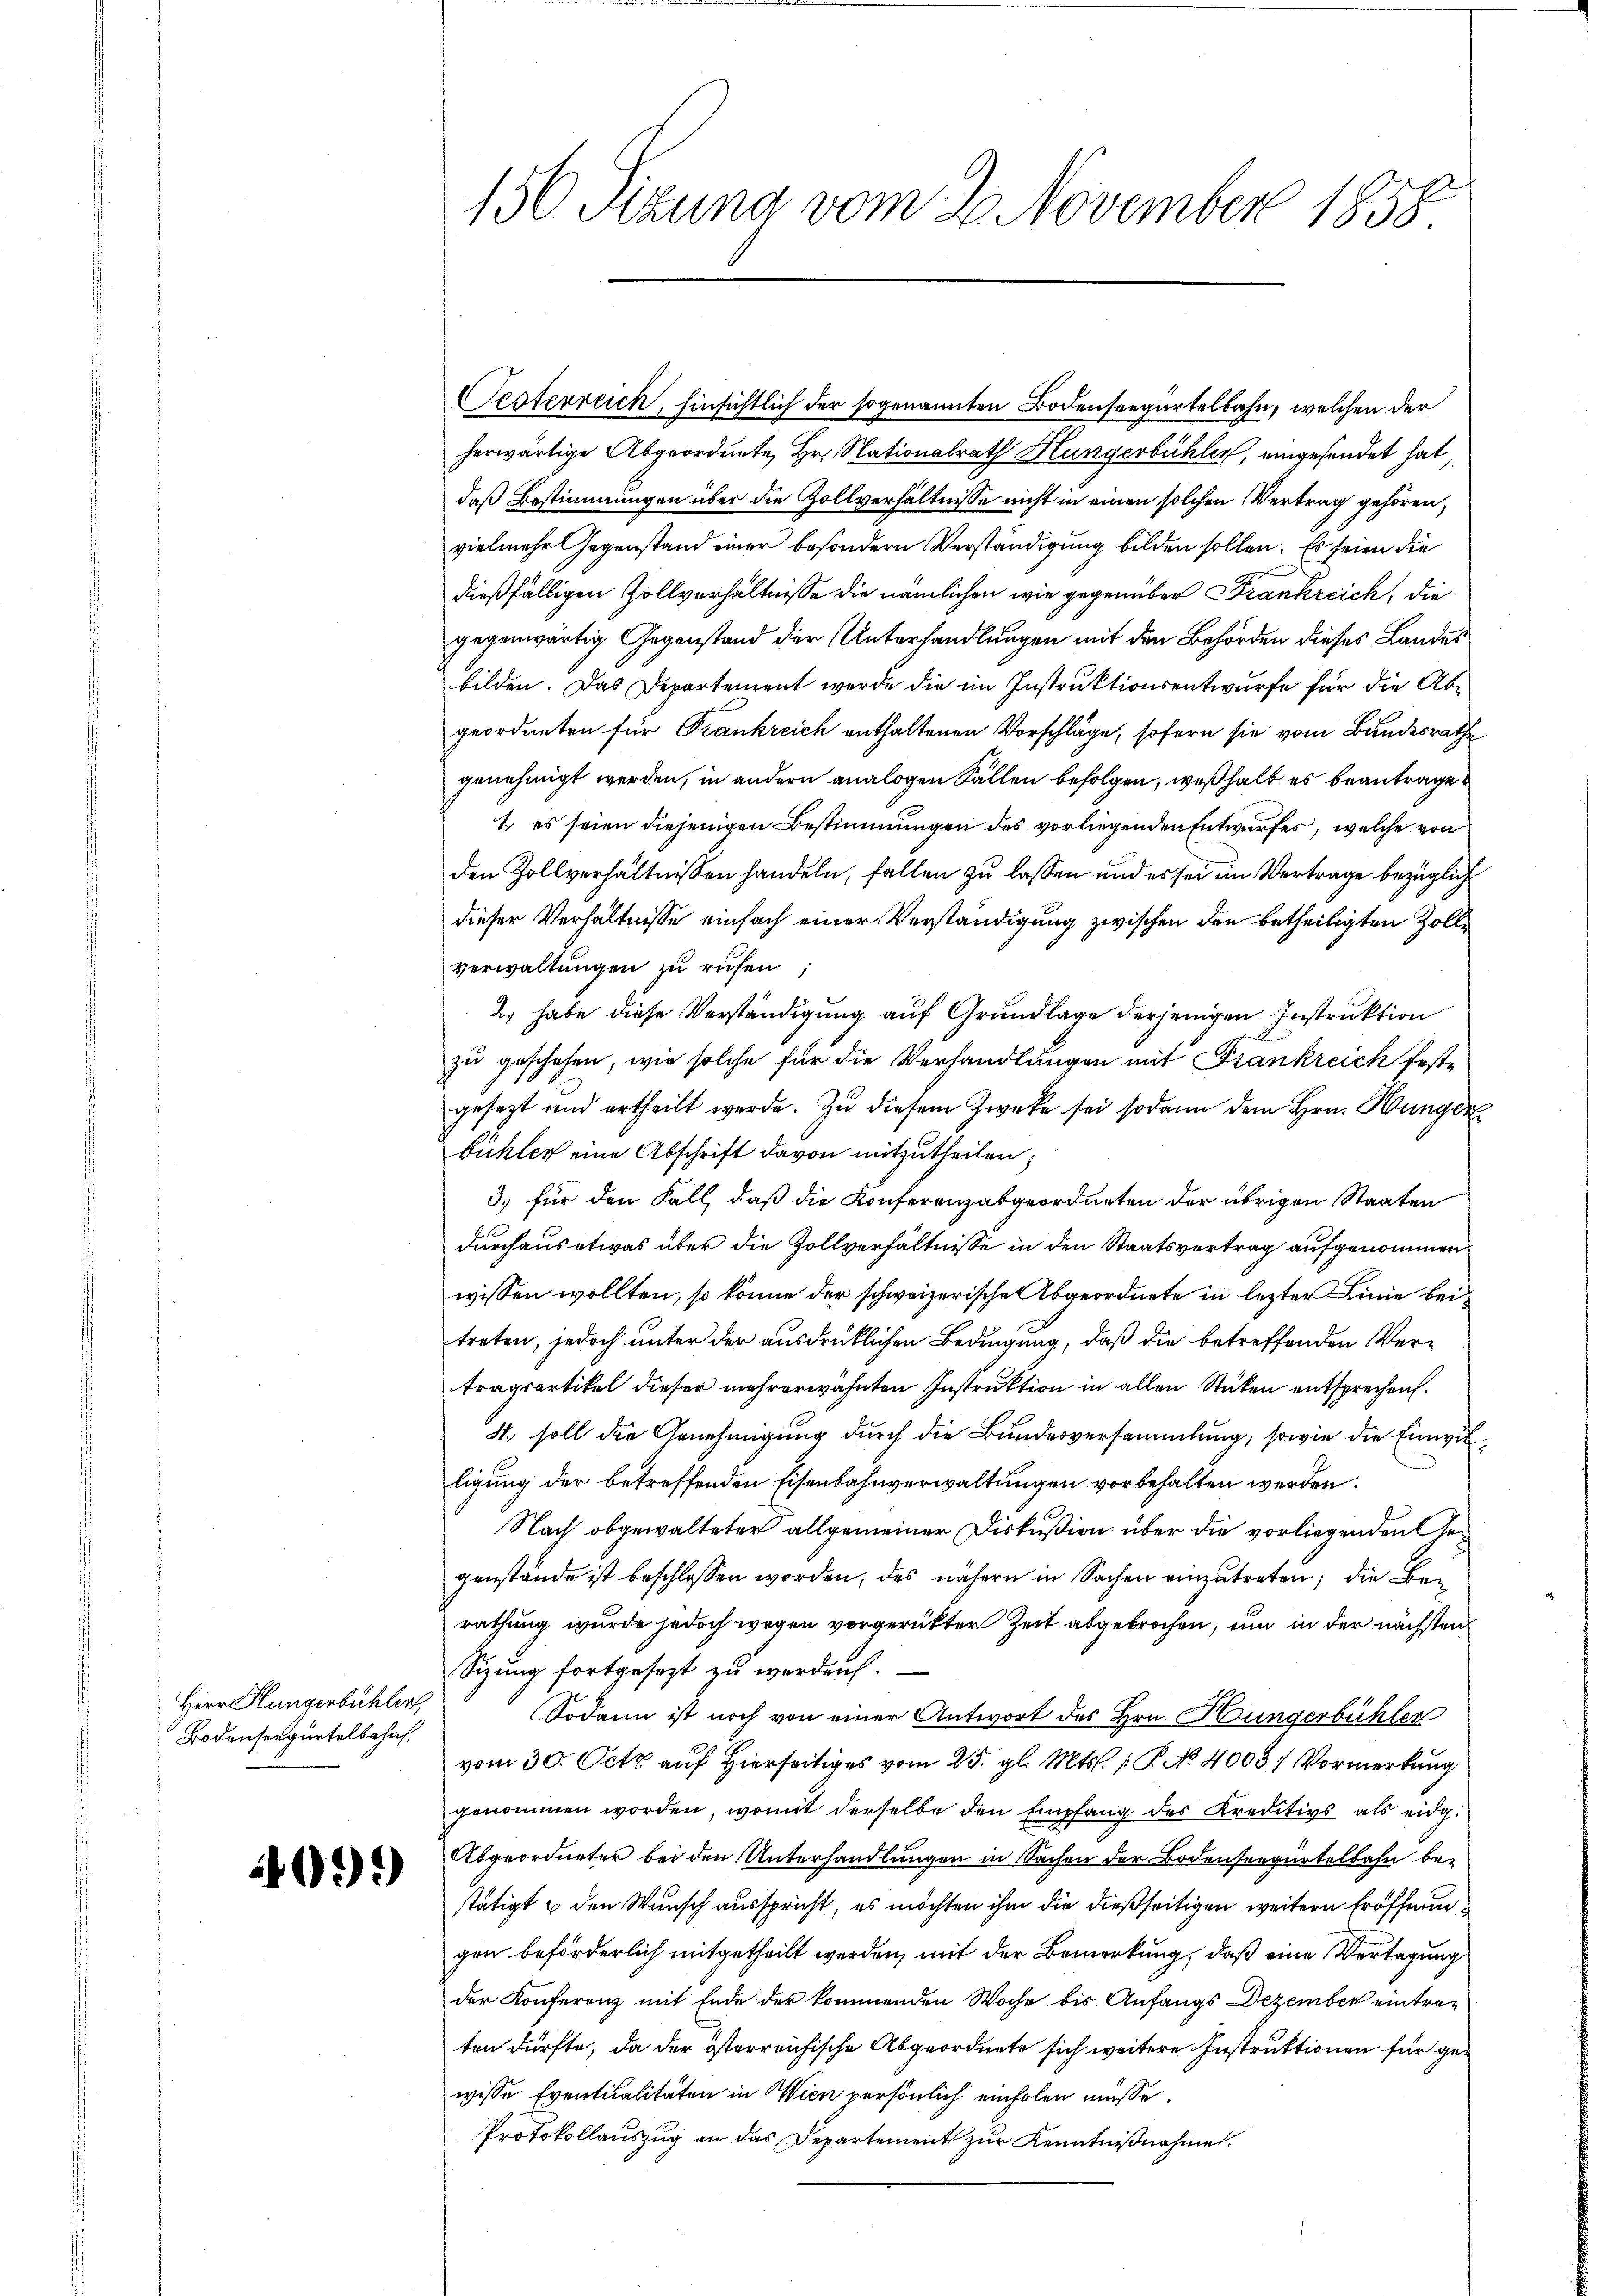
Herr Hungerbühler,
Bodenseegürtelbahn.

099

156. Sizung vom 2. November 1858.

Oesterreich, Einsichtlich der sogenannten Bodenseegartelbahn, welchen der
herwärtige Abgeordnete Hr. Nationalrath Hungerbühler, eingesendet hat,
daß Bestimmungen über die Zollverhältnisse nicht in einen solchen Vertrag gehören,
vielmehr Gegenstand einer besondern Verständigung bilden sollen. Es seien die
dießfälligen Zollverhältnisse die nämlichen wie gegenüber Frankreich, die
gegenwärtig Gegenstand der Unterhandlungen mit den Behörden dieses Landes
bilden. Das Departement werde die im Instruktionsentwurfe für die Abgeordneten für Frankreich enthaltenen Vorschläge, sofern sie vom Bundesrathe
genehmigt werden, in andern analogen Fällen befolgen, weßhalb es beantrage
1. es seien diejenigen Bestimmungen des vorliegenden Entwurfes, welche von
den Zollverhältnissen handeln, fallen zu lassen und es sei ein Vertrage bezüglich
dieser Verhältnisse einfach einer Verständigung zwischen den betheiligten Zollverwaltungen zu rufen;
2. habe diese Verständigung auf Grundlage derjenigen Instruktion
zu geschehen, wie solche für die Verhandlungen mit Frankreich feste
gesezt und ertheilt werde. Zu diesem Zwecke sei sodann dem Hrn. Hungen
Bühler eine Abschrift davon mitzutheilen.
3.) für den Fall, daß die Konferenzabgeordneten der übrigen Staaten
durchaus etwas über die Zollverhältnisse in den Staatsvertrag aufgenommen
wissen wollten, so könne der schweizerischen Abgeordnete in lezter Linie bei
treten, jedoch unter der ausdrücklichen Bedingung, daß die betreffenden Vertragsartikel dieser mehrerwähnten Instruktion in allen Stücken entsprechen.
4., soll die Genehmigung durch die Bundesversammlung, sowie die Einwilligung der betreffenden Eisenbahnverwaltungen vorbehalten werden.
Nach obgewalteter allgemeiner Diskußion über die vorliegenden Gegenstände ist beschlossen worden, des nähern in Sachen einzutreten; die Bei
rathung wurde jedoch wegen vorgerückter Zeit abgebrochen, um in der nächsten
Sizung fortgesezt zu werden.
Sodann ist noch von einer Antwort des Hrn. Hungerbühler
vom 30. Oct auf Hierseitiges vom 25. gl. Mts. s. P. No. 4005. Vormerkung
genommen worden, womit derselbe den Empfang des Kreditivs als eidg.
Abgeordneter bei den Unterhandlungen in Sachen der Bodensergertelbahn bestätigt u den Wunsch ausspricht, es möchten ihm die dießseitigen weitern Eröffnungen beförderlich mitgetheilt werden, mit der Bemerkung, daß eine Vertagung
der Konferenz mit Ende der kommenden Woche bis Anfangs Dezember eintreten dürfte, da der österreichische Abgeordnete sich weitere Instruktionen für gewisse Eventualitäten in Wien persönlich einholen müsse.
Protokollauszug an das Departement zur Kenntnißnahme.